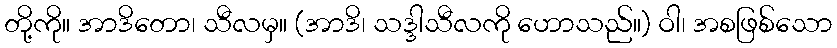
တို့ကို။ အာဒိတော၊ သီလမှ။ (အာဒိ၊ သဒ္ဒါသီလကို ဟောသည်။) ဝါ၊ အစဖြစ်သော